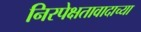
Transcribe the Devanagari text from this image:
निरपेक्षतावादाच्या